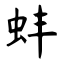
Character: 蚌